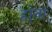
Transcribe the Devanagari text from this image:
हो्ता